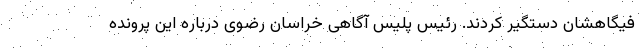
فیگاهشان دستگیر کردند. رئیس پلیس آگاهی خراسان رضوی درباره این پرونده